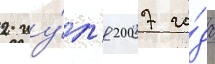
2 иу́л'я 2007 го́да